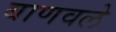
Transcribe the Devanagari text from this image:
बाणवले